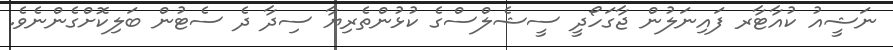
ނަޝީއު ކުއާޓާރ ފައިނަލުން ޖާގަހޯދީ ސީޝެލްސްގެ ކުޅުންތެރިޔާ ސިދާ ދެ ސެޓުން ބަލިކޮށްގެންނެވެ.